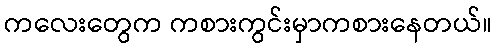
ကလေးတွေက ကစားကွင်းမှာကစားနေတယ်။